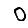
Digit: 0